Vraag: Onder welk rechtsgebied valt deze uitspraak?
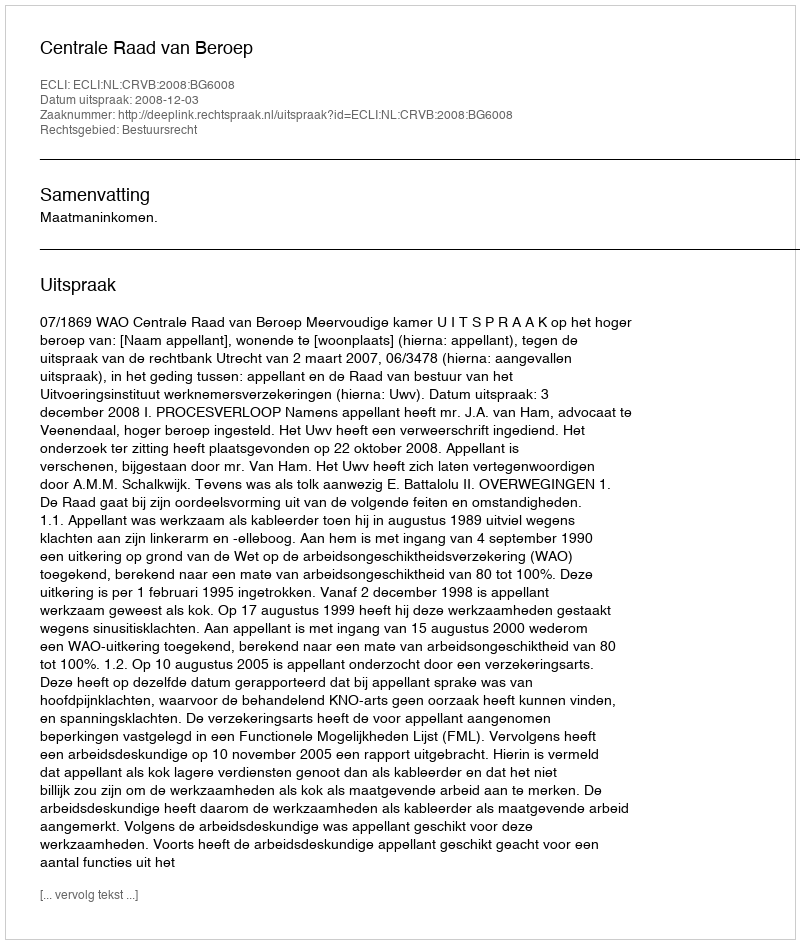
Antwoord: Bestuursrecht